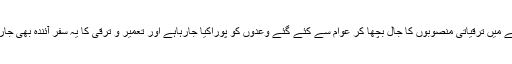
ہر گلی محلے میں ترقیاتی منصوبوں کا جال بچھا کر عوام سے کئے گئے وعدوں کو پوراکیا جارہاہے اور تعمیر و ترقی کا یہ سفر آئندہ بھی جاری رہے گا۔